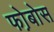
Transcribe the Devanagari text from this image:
फो़बोस